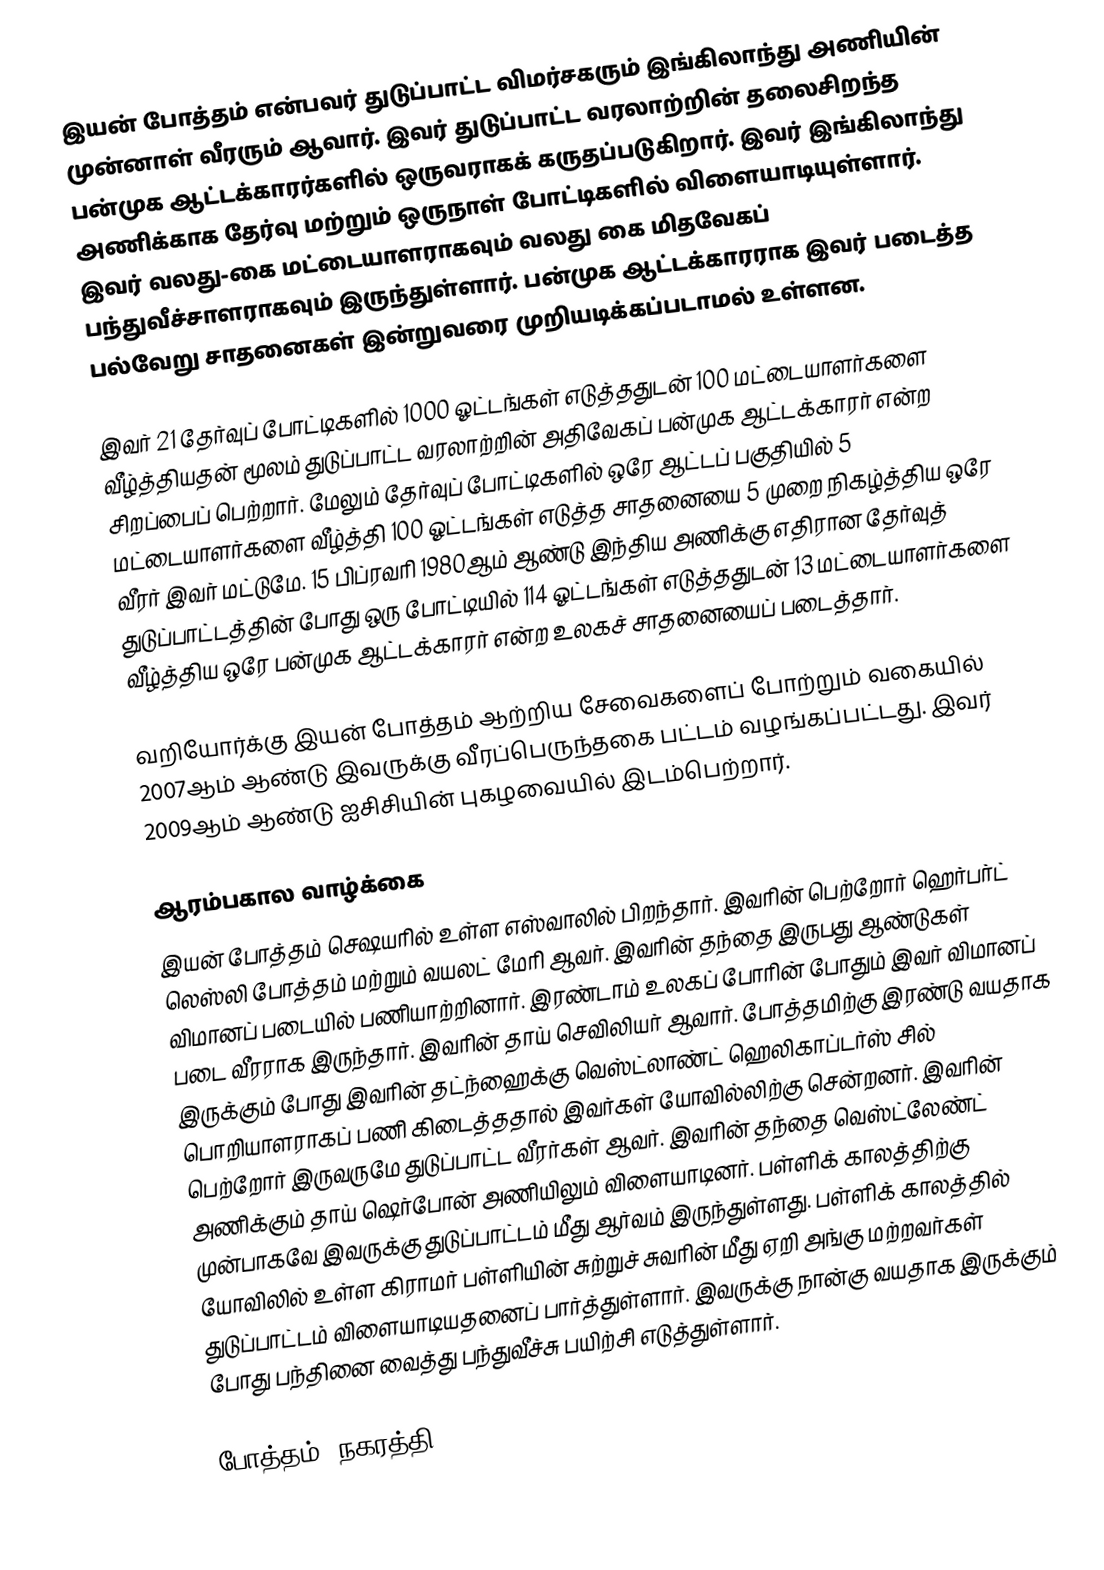
இயன் போத்தம் என்பவர் துடுப்பாட்ட விமர்சகரும் இங்கிலாந்து அணியின் முன்னாள் வீரரும் ஆவார். இவர் துடுப்பாட்ட வரலாற்றின் தலைசிறந்த பன்முக ஆட்டக்காரர்களில் ஒருவராகக் கருதப்படுகிறார். இவர் இங்கிலாந்து அணிக்காக தேர்வு மற்றும் ஒருநாள் போட்டிகளில் விளையாடியுள்ளார். இவர் வலது-கை மட்டையாளராகவும் வலது கை மிதவேகப் பந்துவீச்சாளராகவும் இருந்துள்ளார். பன்முக ஆட்டக்காரராக இவர் படைத்த பல்வேறு சாதனைகள் இன்றுவரை முறியடிக்கப்படாமல் உள்ளன.

இவர் 21 தேர்வுப் போட்டிகளில் 1000 ஓட்டங்கள் எடுத்ததுடன் 100 மட்டையாளர்களை வீழ்த்தியதன் மூலம் துடுப்பாட்ட வரலாற்றின் அதிவேகப் பன்முக ஆட்டக்காரர் என்ற சிறப்பைப் பெற்றார். மேலும் தேர்வுப் போட்டிகளில் ஒரே ஆட்டப் பகுதியில் 5 மட்டையாளர்களை வீழ்த்தி 100 ஓட்டங்கள் எடுத்த சாதனையை 5 முறை நிகழ்த்திய ஒரே வீரர் இவர் மட்டுமே. 15 பிப்ரவரி 1980ஆம் ஆண்டு இந்திய அணிக்கு எதிரான தேர்வுத் துடுப்பாட்டத்தின் போது ஒரு போட்டியில் 114 ஓட்டங்கள் எடுத்ததுடன் 13 மட்டையாளர்களை வீழ்த்திய ஒரே பன்முக ஆட்டக்காரர் என்ற உலகச் சாதனையைப் படைத்தார்.

வறியோர்க்கு இயன் போத்தம் ஆற்றிய சேவைகளைப் போற்றும் வகையில் 2007ஆம் ஆண்டு இவருக்கு வீரப்பெருந்தகை பட்டம் வழங்கப்பட்டது. இவர் 2009ஆம் ஆண்டு ஐசிசியின் புகழவையில் இடம்பெற்றார்.

ஆரம்பகால வாழ்க்கை
இயன் போத்தம் செஷயரில் உள்ள எஸ்வாலில் பிறந்தார். இவரின் பெற்றோர் ஹெர்பர்ட் லெஸ்லி போத்தம் மற்றும் வயலட் மேரி ஆவர். இவரின் தந்தை இருபது ஆண்டுகள் விமானப் படையில் பணியாற்றினார். இரண்டாம் உலகப் போரின் போதும் இவர் விமானப் படை வீரராக இருந்தார். இவரின் தாய் செவிலியர் ஆவார். போத்தமிற்கு இரண்டு வயதாக இருக்கும் போது இவரின் தட்ந்ஹைக்கு வெஸ்ட்லாண்ட் ஹெலிகாப்டர்ஸ் சில் பொறியாளராகப் பணி கிடைத்ததால் இவர்கள் யோவில்லிற்கு சென்றனர்.  இவரின் பெற்றோர் இருவருமே துடுப்பாட்ட வீரர்கள் ஆவர். இவரின் தந்தை வெஸ்ட்லேண்ட் அணிக்கும் தாய் ஷெர்போன் அணியிலும் விளையாடினர்.  பள்ளிக் காலத்திற்கு முன்பாகவே இவருக்கு துடுப்பாட்டம் மீது ஆர்வம் இருந்துள்ளது. பள்ளிக் காலத்தில் யோவிலில் உள்ள கிராமர் பள்ளியின் சுற்றுச் சுவரின் மீது ஏறி அங்கு மற்றவர்கள் துடுப்பாட்டம் விளையாடியதனைப் பார்த்துள்ளார். இவருக்கு நான்கு வயதாக இருக்கும் போது பந்தினை வைத்து பந்துவீச்சு பயிற்சி எடுத்துள்ளார்.

போத்தம் ,நகரத்தி